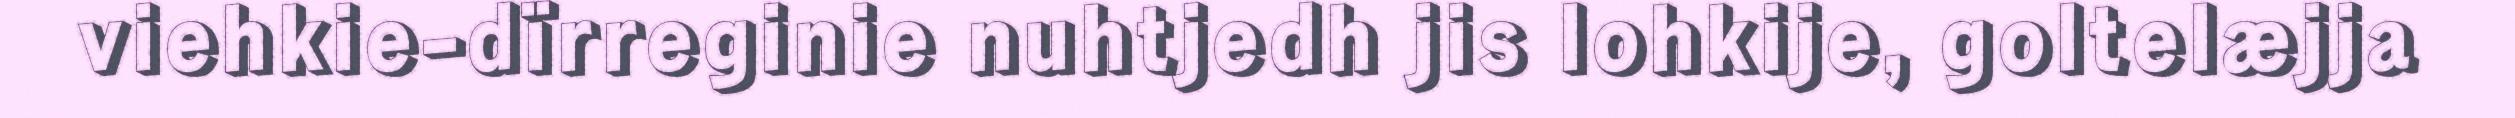
viehkie-dïrreginie nuhtjedh jis lohkije, goltelæjja